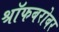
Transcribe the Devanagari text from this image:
श्रॉफबरोबर